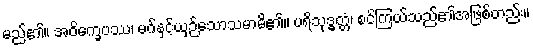
မည်၏။ အဝိက္ခေပဿ၊ မဂ်နှင့်ယှဉ်သောသမာဓိ၏။ ပရိသုဒ္ဓတ္တံ၊ စင်ကြယ်သည်၏အဖြစ်တည်း။